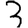
Digit: 3